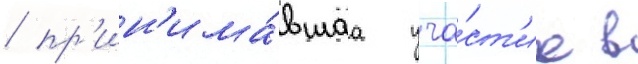
/ пр'ин'има́вшаа уча́ст'ие в